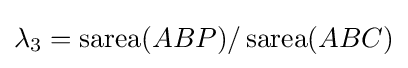
\lambda _{3}=\operatorname {sarea} (ABP)/\operatorname {sarea} (ABC)